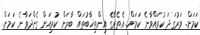
ކަމަށް. ވަރުގަދަ ކުރައްވާނެ ކަމަށް. އެތެރޭގެ އިންތިޚާބުތައް ބާރަށް ކުރިއަށް ގެންދަވާނެ ކަމަށް.